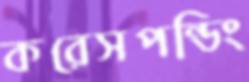
করেসপন্ডিং